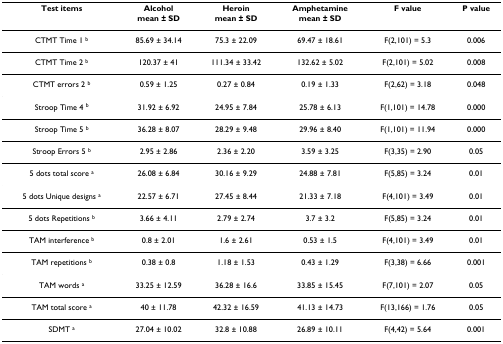
<table><thead><tr><td><b>Test items</b></td><td><b>Alcoholmean ± SD</b></td><td><b>Heroinmean ± SD</b></td><td><b>Amphetaminemean ± SD</b></td><td><b>F value</b></td><td><b>P value</b></td></tr></thead><tbody><tr><td>CTMT Time 1 <sup>b</sup></td><td>85.69 ± 34.14</td><td>75.3 ± 22.09</td><td>69.47 ± 18.61</td><td>F(2,101) = 5.3</td><td>0.006</td></tr><tr><td>CTMT Time 2 <sup>b</sup></td><td>120.37 ± 41</td><td>111.34 ± 33.42</td><td>132.62 ± 5.02</td><td>F(2,101) = 5.02</td><td>0.008</td></tr><tr><td>CTMT errors 2 <sup>b</sup></td><td>0.59 ± 1.25</td><td>0.27 ± 0.84</td><td>0.19 ± 1.33</td><td>F(2,62) = 3.18</td><td>0.048</td></tr><tr><td>Stroop Time 4 <sup>b</sup></td><td>31.92 ± 6.92</td><td>24.95 ± 7.84</td><td>25.78 ± 6.13</td><td>F(1,101) = 14.78</td><td>0.000</td></tr><tr><td>Stroop Time 5 <sup>b</sup></td><td>36.28 ± 8.07</td><td>28.29 ± 9.48</td><td>29.96 ± 8.40</td><td>F(1,101) = 11.94</td><td>0.000</td></tr><tr><td>Stroop Errors 5 <sup>b</sup></td><td>2.95 ± 2.86</td><td>2.36 ± 2.20</td><td>3.59 ± 3.25</td><td>F(3,35) = 2.90</td><td>0.05</td></tr><tr><td>5 dots total score <sup>a</sup></td><td>26.08 ± 6.84</td><td>30.16 ± 9.29</td><td>24.88 ± 7.81</td><td>F(5,85) = 3.24</td><td>0.01</td></tr><tr><td>5 dots Unique designs <sup>a</sup></td><td>22.57 ± 6.71</td><td>27.45 ± 8.44</td><td>21.33 ± 7.18</td><td>F(4,101) = 3.49</td><td>0.01</td></tr><tr><td>5 dots Repetitions <sup>b</sup></td><td>3.66 ± 4.11</td><td>2.79 ± 2.74</td><td>3.7 ± 3.2</td><td>F(5,85) = 3.24</td><td>0.01</td></tr><tr><td>TAM interference <sup>b</sup></td><td>0.8 ± 2.01</td><td>1.6 ± 2.61</td><td>0.53 ± 1.5</td><td>F(4,101) = 3.49</td><td>0.01</td></tr><tr><td>TAM repetitions <sup>b</sup></td><td>0.38 ± 0.8</td><td>1.18 ± 1.53</td><td>0.43 ± 1.29</td><td>F(3,38) = 6.66</td><td>0.001</td></tr><tr><td>TAM words <sup>a</sup></td><td>33.25 ± 12.59</td><td>36.28 ± 16.6</td><td>33.85 ± 15.45</td><td>F(7,101) = 2.07</td><td>0.05</td></tr><tr><td>TAM total score <sup>a</sup></td><td>40 ± 11.78</td><td>42.32 ± 16.59</td><td>41.13 ± 14.73</td><td>F(13,166) = 1.76</td><td>0.05</td></tr><tr><td>SDMT <sup>a</sup></td><td>27.04 ± 10.02</td><td>32.8 ± 10.88</td><td>26.89 ± 10.11</td><td>F(4,42) = 5.64</td><td>0.001</td></tr></tbody></table>